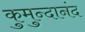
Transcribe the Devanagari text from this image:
कुमुन्दानंद